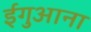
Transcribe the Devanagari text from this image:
ईगुआना